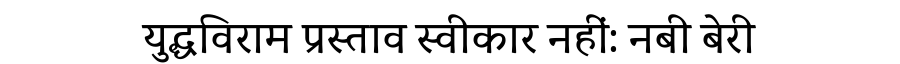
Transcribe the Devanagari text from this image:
युद्धविराम प्रस्ताव स्वीकार नहीं: नबी बेरी